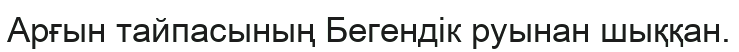
Арғын тайпасының Бегендік руынан шыққан.